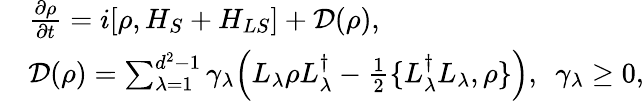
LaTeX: \begin{array}{rl}&{\frac{\partial\rho}{\partial t}=i[\rho,H_{S}+H_{LS}]+\mathcal{D}(\rho),}\\ &{\mathcal{D}(\rho)=\sum_{\lambda=1}^{d^{2}-1}\gamma_{\lambda}\Big(L_{\lambda}\rho L_{\lambda}^{\dagger}-\frac{1}{2}\{ L_{\lambda}^{\dagger}L_{\lambda},\rho\} \Big),~~\gamma_{\lambda}\geq 0,}\end{array}